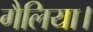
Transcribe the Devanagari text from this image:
गैलिया।